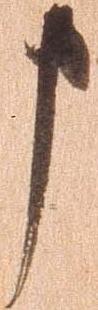
申